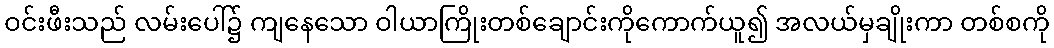
ဝင်းဖီးသည် လမ်းပေါ်၌ ကျနေသော ဝါယာကြိုးတစ်ချောင်းကိုကောက်ယူ၍ အလယ်မှချိုးကာ တစ်စကို